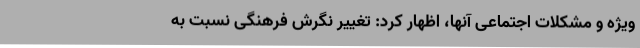
ویژه و مشکلات اجتماعی آنها، اظهار کرد: تغییر نگرش فرهنگی نسبت به